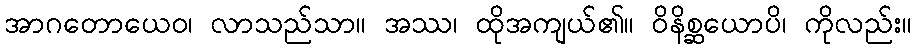
အာဂတောယေဝ၊ လာသည်သာ။ အဿ၊ ထိုအကျယ်၏။ ဝိနိစ္ဆယောပိ၊ ကိုလည်း။